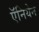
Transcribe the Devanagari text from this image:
ऍनियेन